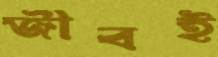
জীবই